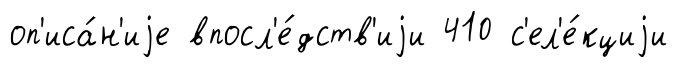
оп'иса́н'иjе впосл'е́дств'иjи 410 с'ел'е́кциjи